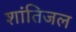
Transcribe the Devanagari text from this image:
शांतिजल